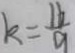
k = \frac { 1 6 } { 9 }